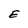
Character: E